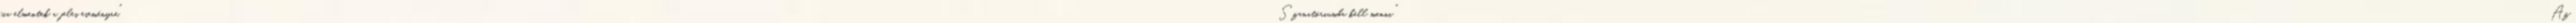
fia elmentek a jeles eseményre." Szanatóriumba kell menni "Az